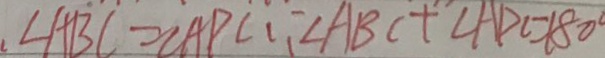
\angle A B C = \angle A P C \because \angle A B C + \angle A D C = 1 8 0 ^ { \circ }